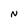
Character: N